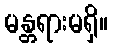
မန္တရားမရှိ။